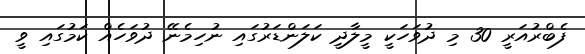
ފެބްރުއަރީ 30 މި ދުވަހަކީ މީލާދީ ކަލަންޑަރުގައި ނުހިމެނޭ ދުވަހެއް ކަމުގައި ވީ